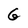
Character: G